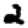
Digit: 2